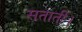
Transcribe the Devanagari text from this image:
सतातीं।